Annual report of the Bengal Veterinary College and of the Civil Veterinary Department, Bengal, for the year 1899-1900 - 1899-1900
Year: 1899
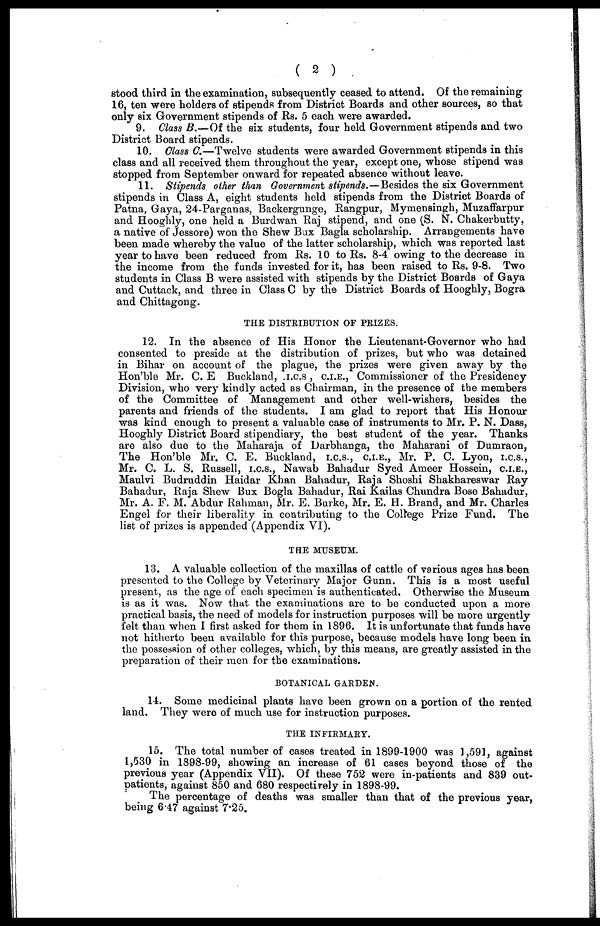
( 2 )
stood third in the examination, subsequently ceased to attend. Of the remaining
16, ten were holders of stipends from District Boards and other sources, so that
only six Government stipends of Rs. 5 each were awarded.
9. Class B.—Of the six students, four held Government stipends and two
District Board stipends.
10. Class C.—Twelve students were awarded Government stipends in this
class and all received them throughout the year, except one, whose stipend was
stopped from September onward for repeated absence without leave.
11. Stipends other than Government stipends.—Besides the six Government
stipends in Class A, eight students held stipends from the District Boards of
Patna, Gaya, 24-Parganas, Backergunge, Rangpur, Mymensingh, Muzaffarpur
and Hooghly, one held a Burdwan Raj stipend, and one (S. N. Chakerbutty,
a native of Jessore) won the Shew Bux Bagla scholarship. Arrangements have
been made whereby the value of the latter scholarship, which was reported last
year to have been reduced from Rs. 10 to Rs. 8-4 owing to the decrease in
the income from the funds invested for it, has been raised to Rs. 9-8. Two
students in Class B were assisted with stipends by the District Boards of Gaya
and Cuttack, and three in Class C by the District Boards of Hooghly, Bogra
and Chittagong.
THE DISTRIBUTION OF PEIZES.
12. In the absence of His Honor the Lieutenant-Governor who had
consented to preside at the distribution of prizes, but who was detained
in Bihar on account of the plague, the prizes were given away by the
Hon'ble Mr. C. E Buckland, I.C.S. , C.I.E., Commissioner of the Presidency
Division, who very kindly acted as Chairman, in the presence of the members
of the Committee of Management and other well-wishers, besides the
parents and friends of the students. I am glad to report that His Honour
was kind enough to present a valuable case of instruments to Mr. P. N. Dass,
Hooghly District Board stipendiary, the best student of the year. Thanks
are also due to the Maharaja of Darbhanga, the Maharani of Dumraon,
The Hon'ble Mr. C. E. Buckland, I.C.S., C.I.E., Mr. P. C. Lyon, I.C.S.,
Mr. C. L. S. Russell, i.c.s., Nawab Bahadur Syed Ameer Hossein, C.I.E.,
Maulvi Budruddin Haidar Khan Bahadur, Raja Shoshi Shakhareswar Ray
Bahadur, Raja Shew Bux Bogla Bahadur, Rai Kailas Chundra Bose Bahadur,
Mr. A. F. M. Abdur Rahman, Mr. E. Burke, Mr. E. H. Brand, and Mr. Charles
Engel for their liberality in contributing to the College Prize Fund. The
list of prizes is appended (Appendix VI).
THE MUSEUM.
13. A valuable collection of the maxillas of cattle of various ages has been
presented to the College by Veterinary Major Gunn. This is a most useful
present, as the age of each specimen is authenticated. Otherwise the Museum
is as it was. Now that the examinations are to be conducted upon a more
practical basis, the need of models for instruction purposes will be more urgently
felt than when I first asked for them in 1896. It is unfortunate that funds have
not hitherto been available for this purpose, because models have long been in
the possession of other colleges, which, by this means, are greatly assisted in the
preparation of their men for the examinations.
BOTANICAL GARDEN.
14. Some medicinal plants have been grown on a portion of the rented
land. They were of much use for instruction purposes.
THE INFIRMAEY.
15. The total number of cases treated in 1899-1900 was 1,591, against
1,530 in 1898-99, showing an increase of 61 cases beyond those of the
previous year (Appendix VII). Of these 752 were in-patients and 839 out-
oatients, against 850 and 680 respectirely in 1898-99.
The percentage of deaths was smaller than that of the previous year,
being 6.47 against 7.25.